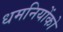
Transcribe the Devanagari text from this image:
धमनियोंको